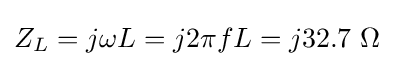
Z_{L}=j\omega L=j2\pi fL=j32.7\ \Omega